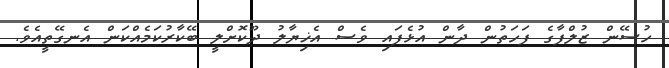
ހުސޭން ޒުލްފާގެ ފަހަތުން ދާން އުޅެފައި ވެސް އެޚިޔާލު ދޫކޮށްލީ ބޭކާރުކަމެއްކަން އެނގޭތީއެވެ.